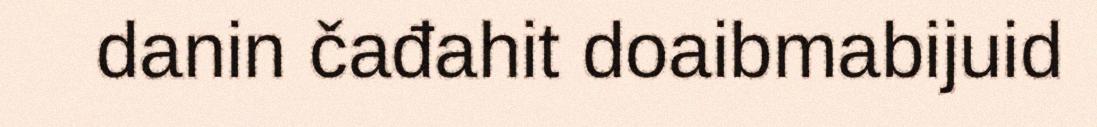
danin čađahit doaibmabijuid